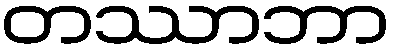
တဿာဘာ